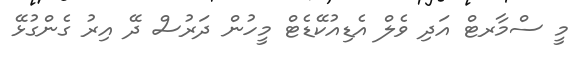
މީ ސްމާރޓް އަދި ވެލް އެޑިއުކޭޑެޓް މީހުން ދަރުސް ދޭ އިރު ގެންގުޅޭ